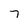
Character: 7